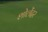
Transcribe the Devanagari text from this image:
शोलेंदर